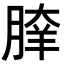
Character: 𦝯